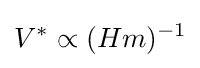
V^{*}\propto (Hm)^{-1}